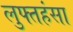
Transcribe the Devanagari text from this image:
लुफ्तहंसा